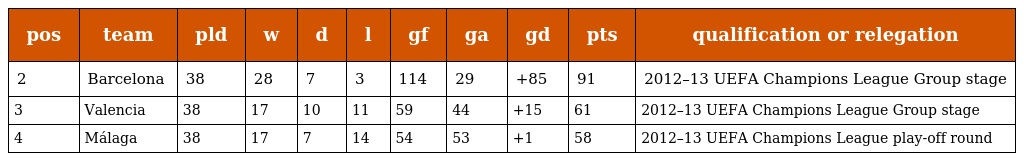
| pos | team | pld | w | d | l | gf | ga | gd | pts | qualification or relegation |
 | --- | --- | --- | --- | --- | --- | --- | --- | --- | --- | --- |
 | 2 | Barcelona | 38 | 28 | 7 | 3 | 114 | 29 | +85 | 91 | 2012–13 UEFA Champions League Group stage |
 | 3 | Valencia | 38 | 17 | 10 | 11 | 59 | 44 | +15 | 61 | 2012–13 UEFA Champions League Group stage |
 | 4 | Málaga | 38 | 17 | 7 | 14 | 54 | 53 | +1 | 58 | 2012–13 UEFA Champions League play-off round |